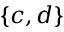
\{ c , d \}